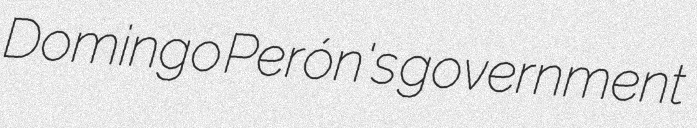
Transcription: Domingo Perón's government